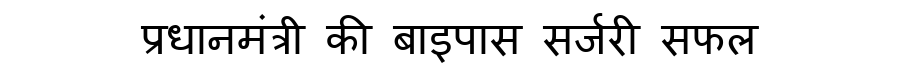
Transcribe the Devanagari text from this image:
प्रधानमंत्री की बाइपास सर्जरी सफल